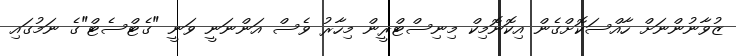
ޒުވާނުންނަށް ހާއްސަކޮށްގެން އިކޮނޮމިކް މިނިސްޓްރީން މިހާރު ވެސް އަންނަނީ ވަނީ "ގެޓްސެޓް"ގެ ނަމުގައި